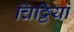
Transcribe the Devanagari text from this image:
चिठ्ठियां